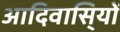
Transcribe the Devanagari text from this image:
आदिवासि्यों